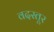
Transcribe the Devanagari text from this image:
वदस्तूर